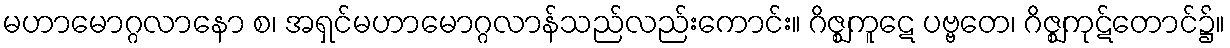
မဟာမောဂ္ဂလာနော စ၊ အရှင်မဟာမောဂ္ဂလာန်သည်လည်းကောင်း။ ဂိဇ္ဈကူဋေ ပဗ္ဗတေ၊ ဂိဇ္ဈကုဋ်တောင်၌။